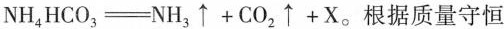
$$N H _ { 4 } H C O _ { 3 } = N H _ { 3 } \uparrow + C O _ { 2 } \uparrow + X$$。根据质量守恒